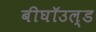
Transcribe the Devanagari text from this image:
बीघॉउल्ड